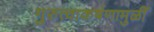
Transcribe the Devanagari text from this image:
गुरुत्वाकर्षणामुळीं